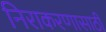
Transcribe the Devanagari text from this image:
निराकरणासाठी